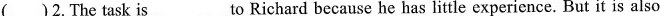
( )2.The task is___to Richard because he has little experience. But it is also